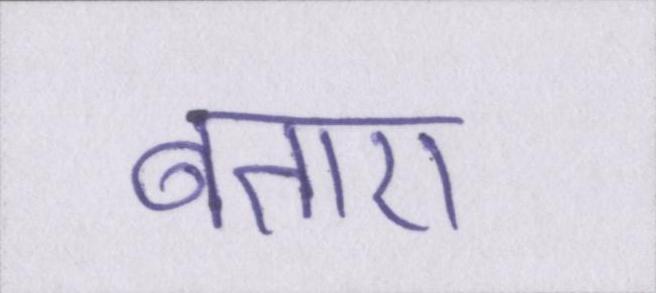
बताए